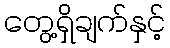
တွေ့ရှိချက်နှင့်